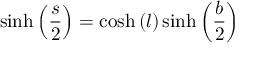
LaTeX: \sinh \left( { \frac { s } { 2 } } \right) = \cosh \left( l \right) \sinh \left( { \frac { b } { 2 } } \right)